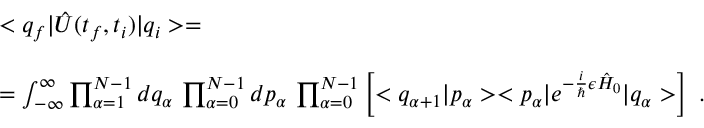
\begin{array} { r l } { { } } & { { < q _ { f } | \hat { U } ( t _ { f } , t _ { i } ) | q _ { i } > = } } \\ { { } } & { { } } \\ { { } } & { { = \int _ { - \infty } ^ { \infty } \prod _ { \alpha = 1 } ^ { N - 1 } d q _ { \alpha } \, \prod _ { \alpha = 0 } ^ { N - 1 } d p _ { \alpha } \, \prod _ { \alpha = 0 } ^ { N - 1 } \left[ < q _ { \alpha + 1 } | p _ { \alpha } > < p _ { \alpha } | e ^ { - \frac { i } { \hbar } \epsilon \hat { H } _ { 0 } } | q _ { \alpha } > \right] \ . } } \end{array}